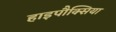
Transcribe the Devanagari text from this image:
हाइपौक्सिया